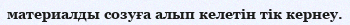
материалды созуға алып келетін тік кернеу.